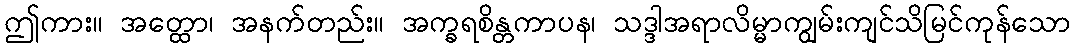
ဤကား။ အတ္ထော၊ အနက်တည်း။ အက္ခရစိန္တကာပန၊ သဒ္ဒါအရာလိမ္မာကျွမ်းကျင်သိမြင်ကုန်သော